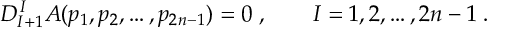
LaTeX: D _ { I + 1 } ^ { \, I } A ( p _ { 1 } , p _ { 2 } , \ldots , p _ { 2 n - 1 } ) = 0 \; , \qquad I = 1 , 2 , \ldots , 2 n - 1 \; .